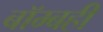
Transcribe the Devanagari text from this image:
बॉम्बही